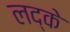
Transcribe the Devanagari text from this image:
लद्के